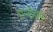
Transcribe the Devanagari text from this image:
एन्डेवर